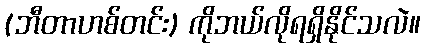
(ဘီတာဟစ်တင်း) ကိုဘယ်လိုရရှိနိုင်သလဲ။